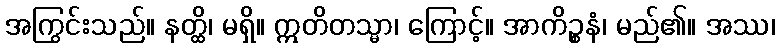
အကြွင်းသည်။ နတ္ထိ၊ မရှိ။ ဣတိတသ္မာ၊ ကြောင့်။ အာကိဉ္စနံ၊ မည်၏။ အဿ၊